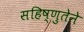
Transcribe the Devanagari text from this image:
सहिष्णुतेने